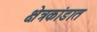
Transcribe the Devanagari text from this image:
क्षेत्रकांडात